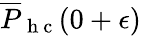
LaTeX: \overline{{P}}_{\mathrm{~h~c~}}(0+\epsilon)